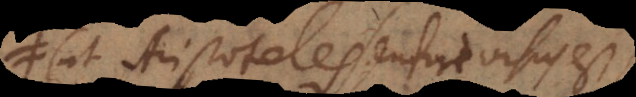
(ut Aristoteles sentire visus est),